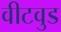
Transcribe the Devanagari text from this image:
वीटवुड